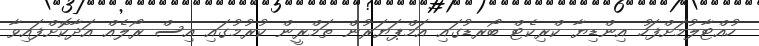
ހުއްޓާލުމަށްފަހު އިންޑިޔާ ކްރިކެޓް ބޯރޑުގައި އަމްޕަޔަރުން ތަމްރީން ކުރުމުގައި އިސް ރޯލެއް އަދާކޮށްފައިވާ